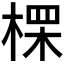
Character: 𪲷